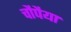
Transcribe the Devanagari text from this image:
चौपैया